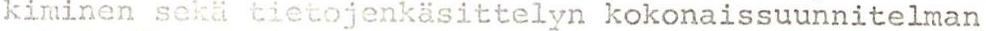
kiminen sekä tietojenkäsittelyn kokonaissuunnitelman